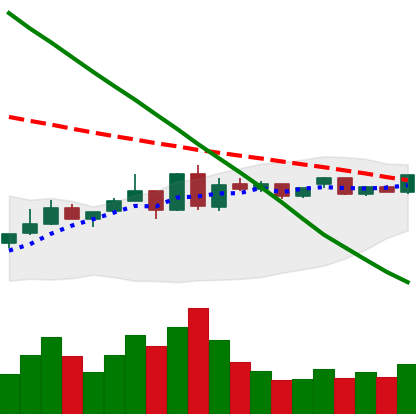
Ticker: ETC-USD
Chart end date: 2019-01-06
Forward return: -18.492%
Label: down_7plus